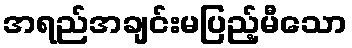
အရည်အချင်းမပြည့်မီသော